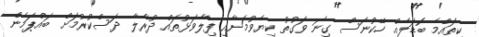
ކިތައްމެ ބޮޑަލެއް ހޭކުނަސް ގިނަ ވަގުތު ކިޔެވުމަށާއި ފިލާވަޅުތައް ދުރާލާ ދަސްކުރުމަށް ބައްޕަމެން